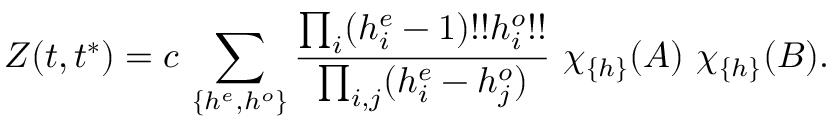
Z ( t , t ^ { * } ) = c \, \sum _ { \{ h ^ { e } , h ^ { o } \} } { \frac { \prod _ { i } ( h _ { i } ^ { e } - 1 ) ! ! h _ { i } ^ { o } ! ! } { \prod _ { i , j } ( h _ { i } ^ { e } - h _ { j } ^ { o } ) } } ~ \chi _ { \{ h \} } ( A ) ~ \chi _ { \{ h \} } ( B ) .